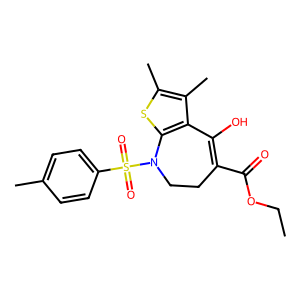
SMILES: CCOC(=O)C1=C(O)c2c(sc(C)c2C)N(S(=O)(=O)c2ccc(C)cc2)CC1
Inhibits HIV replication: No